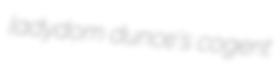
ladydom dunce's cogent